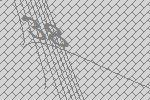
38